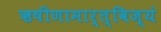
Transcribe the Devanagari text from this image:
ऋषीणामार्त्विज्यं